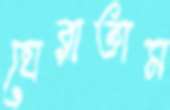
ঘেরাতাম